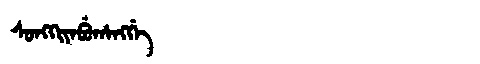
Manchu: ᠰᠣᠩᡴᡳᠶᠠᠪᡠᡥᠠᠩᡤᡝ
Romanization: SONGKIYABUHANGGE